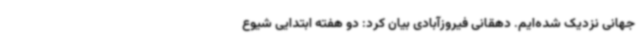
جهانی نزدیک شده‌ایم. دهقانی فیروزآبادی بیان کرد: دو هفته ابتدایی شیوع